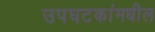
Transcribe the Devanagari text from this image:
उपघटकांमधील